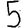
Digit: 5